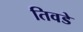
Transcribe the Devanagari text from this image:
तिवडे